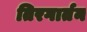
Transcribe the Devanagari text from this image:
तिरगार्तन